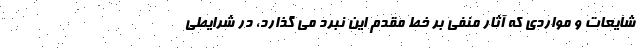
شایعات و مواردی که آثار منفی بر خط مقدم این نبرد می گذارد، در شرایطی